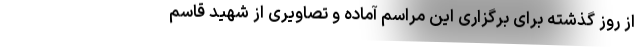
از روز گذشته برای برگزاری این مراسم آماده و تصاویری از شهید قاسم